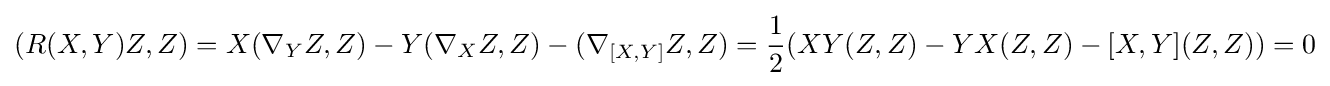
(R(X,Y)Z,Z)=X(\nabla _{Y}Z,Z)-Y(\nabla _{X}Z,Z)-(\nabla _{[X,Y]}Z,Z)={1 \over 2}(XY(Z,Z)-YX(Z,Z)-[X,Y](Z,Z))=0